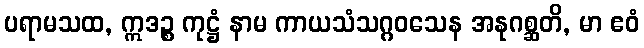
ပရာမသထ, ဣဒဉ္စ ကုဋ္ဌံ နာမ ကာယသံသဂ္ဂဝသေန အနုဂစ္ဆတိ, မာ ဧဝံ